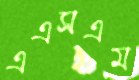
এএসএম